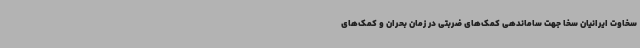
سخاوت ایرانیان سخا جهت ساماندهی کمک‌های ضربتی در زمان بحران و کمک‌های